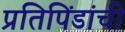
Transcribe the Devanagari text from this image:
प्रतिपिंडांची